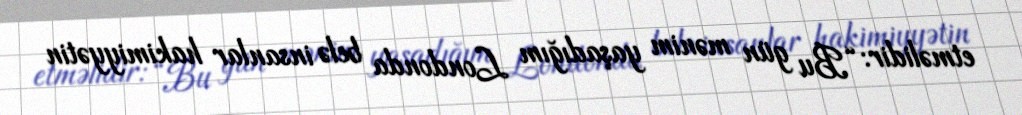
etməlidir: “Bu gün mənim yaşadığım Londonda belə insanlar hakimiyyətin